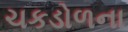
ચકડોળના